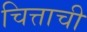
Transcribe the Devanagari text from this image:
चित्ताची